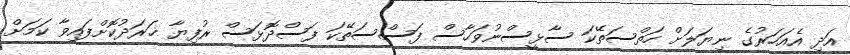
އަދި އެއަހަރުގެ ނިޔަލަށް ހަތްސަތޭކަ ސާޅީސްނުވަހާސް ފަސްސަތޭކަ ފަސްދޮޅަސް ރުފިޔާ ޚަރަދުކޮށްފައިވާ ކަމަށް